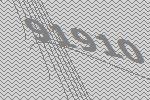
91910